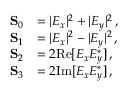
\begin{array} { r l } { \mathbf { S } _ { 0 } } & { = | E _ { x } | ^ { 2 } + | E _ { y } | ^ { 2 } \, , \phantom { Z Z Z Z } } \\ { \mathbf { S } _ { 1 } } & { = | E _ { x } | ^ { 2 } - | E _ { y } | ^ { 2 } \, , } \\ { \mathbf { S } _ { 2 } } & { = 2 \mathrm { R e } [ E _ { x } E _ { y } ^ { \ast } ] \, , } \\ { \mathbf { S } _ { 3 } } & { = 2 \mathrm { I m } [ E _ { x } E _ { y } ^ { \ast } ] \, , } \end{array}